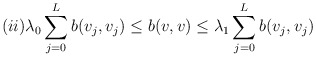
\begin{align*} (ii) \lambda_0 \sum_{j=0}^L b(v_j,v_j) \le b(v,v) \le \lambda_1 \sum_{j=0}^L b(v_j,v_j)\end{align*}